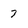
Character: 7